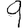
Digit: 9